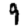
Digit: 9